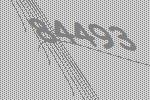
84493